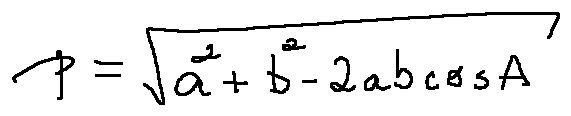
p = \sqrt { a ^ { 2 } + b ^ { 2 } - 2 a b \cos A }